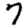
Digit: 7